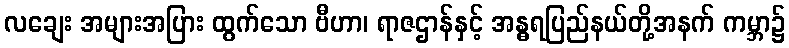
လချေး အများအပြား ထွက်သော ဗီဟာ၊ ရာဇဌာန်နှင့် အန္ဓရပြည်နယ်တို့အနက် ကမ္ဘာ၌